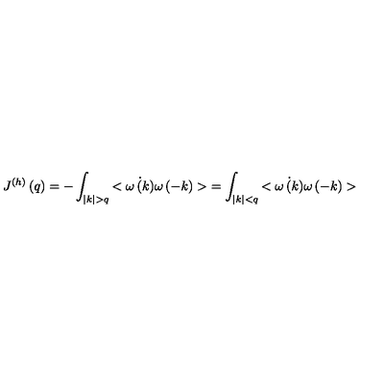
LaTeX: J ^ { ( h ) } \left( q \right) = - \int _ { | k | > q } { < \dot { \omega \left( k \right) } \omega \left( - k \right) > } = \int _ { | k | < q } { < \dot { \omega \left( k \right) } \omega \left( - k \right) > }